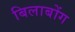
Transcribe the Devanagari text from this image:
बिलाबोंग